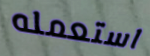
استعمله